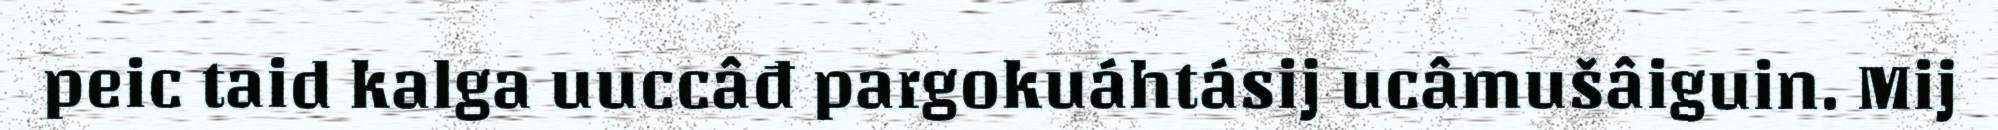
peic taid kalga uuccâđ pargokuáhtásij ucâmušâiguin. Mij